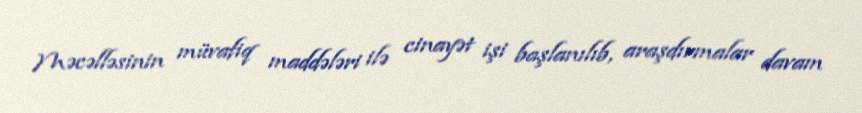
Məcəlləsinin müvafiq maddələri ilə cinayət işi başlanılıb, araşdırmalar davam